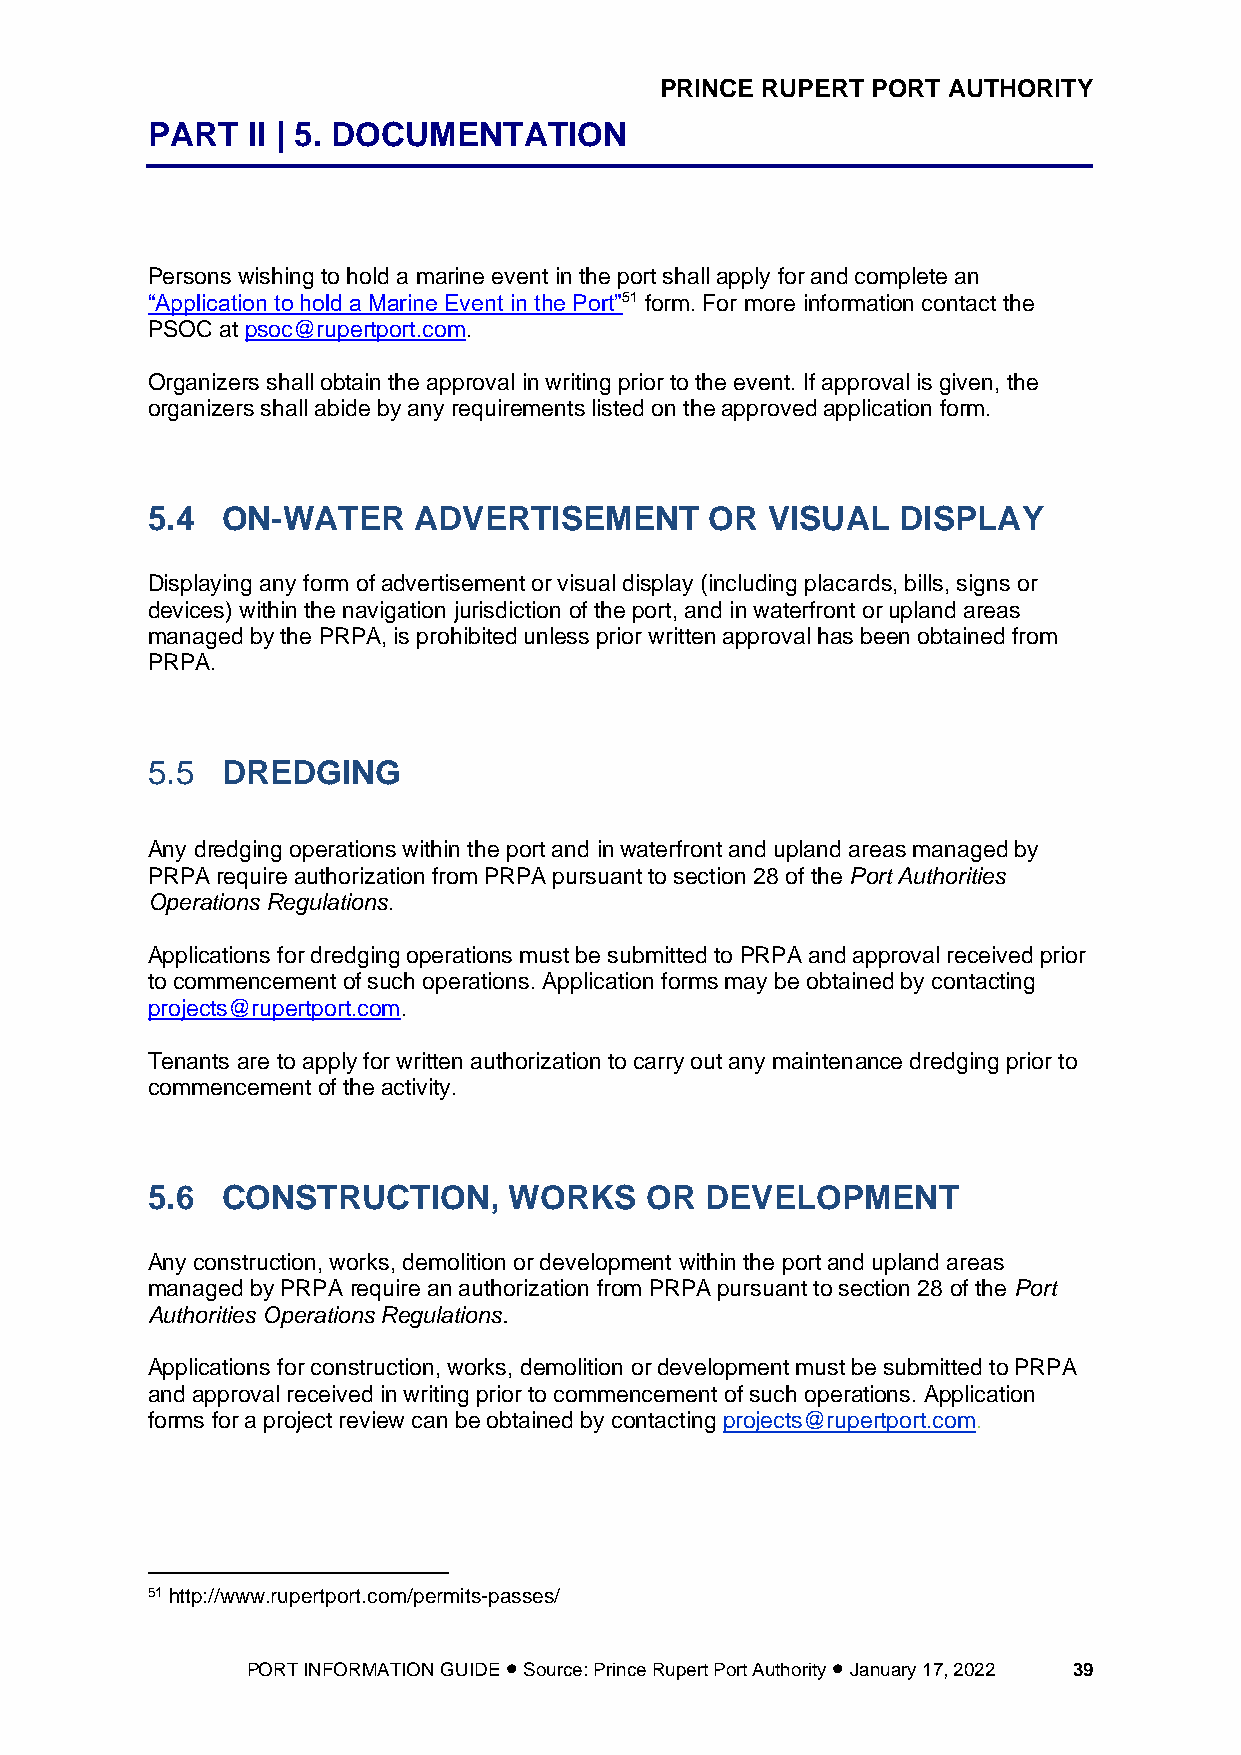
PRINCE RUPERT PORT AUTHORITY
 PART  II | 5. DOCUMENTATION
 Persons wishing to hold a marine event in the port shall apply for and complete an
 “Application to hold a Marine Event in the Port”51 form. For more information contact the
 PSOC at psoc@rupertport.com.
 Organizers shall obtain the approval in writing prior to the event. If approval is given, the
 organizers shall abide by any requirements listed on the approved application form.
 5.4  ON-WATER    ADVERTISEMENT       OR  VISUAL   DISPLAY
 Displaying any form of advertisement or visual display (including placards, bills, signs or
 devices) within the navigation jurisdiction of the port, and in waterfront or upland areas
 managed by the PRPA, is prohibited unless prior written approval has been obtained from
 PRPA.
 5.5  DREDGING
 Any dredging operations within the port and in waterfront and upland areas managed by
 PRPA require authorization from PRPA pursuant to section 28 of the Port Authorities
 Operations Regulations.
 Applications for dredging operations must be submitted to PRPA and approval received prior
 to commencement of such operations. Application forms may be obtained by contacting
 projects@rupertport.com.
 Tenants are to apply for written authorization to carry out any maintenance dredging prior to
 commencement of the activity.
 5.6  CONSTRUCTION,      WORKS    OR  DEVELOPMENT
 Any construction, works, demolition or development within the port and upland areas
 managed by PRPA require an authorization from PRPA pursuant to section 28 of the Port
 Authorities Operations Regulations.
 Applications for construction, works, demolition or development must be submitted to PRPA
 and approval received in writing prior to commencement of such operations. Application
 forms for a project review can be obtained by contacting projects@rupertport.com.
 51 http://www.rupertport.com/permits-passes/
 PORT INFORMATION GUIDE • Source: Prince Rupert Port Authority • January 17, 2022 39